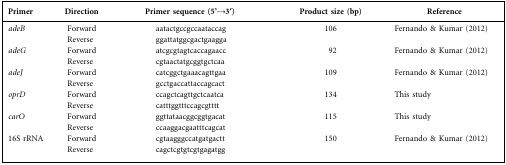
| Primer | Direction | Primer sequence (5'→3′) | Product size (bp) | Reference |
 | --- | --- | --- | --- | --- |
 | adeB | Forward | aatactgccgccaataccag | 106 | Fernando & Kumar (2012) |
 |  | Reverse | ggattatggcgactgaagga |  |  |
 | adeG | Forward | atcgcgtagtcaccagaacc | 92 | Fernando & Kumar (2012) |
 |  | Reverse | cgtaactatgcggtgctcaa |  |  |
 | adeJ | Forward | catcggctgaaacagttgaa | 109 | Fernando & Kumar (2012) |
 |  | Reverse | gcctgaccattaccagcact |  |  |
 | oprD | Forward | ccagctcagttgctcaatca | 134 | This study |
 |  | Reverse | catttggtttccagcgtttt |  |  |
 | carO | Forward | ggttataacggcggtgacat | 115 | This study |
 |  | Reverse | ccaaggacgaatttcagcat |  |  |
 | 16S rRNA | Forward | cgtaagggccatgatgactt | 150 | Fernando & Kumar (2012) |
 |  | Reverse | cagctcgtgtcgtgagatgg |  |  |